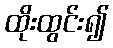
ထိုးထွင်း၍